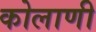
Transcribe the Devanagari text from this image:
कोलाणी